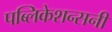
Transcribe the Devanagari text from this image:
पब्लिकेशन्सनी